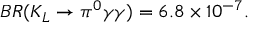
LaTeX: B R ( K _ { L } \rightarrow \pi ^ { 0 } \gamma \gamma ) = 6 . 8 \times 1 0 ^ { - 7 } .